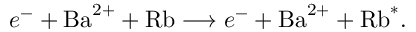
e ^ { - } + \mathrm { B a } ^ { 2 + } + \mathrm { R b } \longrightarrow e ^ { - } + \mathrm { B a } ^ { 2 + } + \mathrm { R b } ^ { * } .